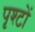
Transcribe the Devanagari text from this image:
पृश्टों